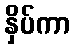
နှိပ်ကာ